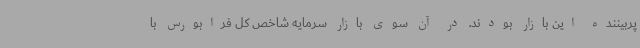
پربیننده این بازار بودند. در آن سوی بازار سرمایه شاخص کل فرابورس با